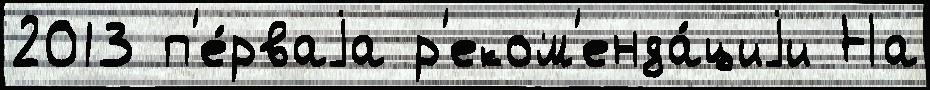
2013 п'е́рваjа р'еком'енда́циjи На